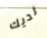
لديك